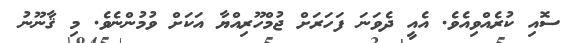
ސޮއި ކުރެއްވިއެވެ. އެއީ ދެވަނަ ފަހަރަށް ޖުމްހޫރިއްޔާ އަކަށް ވުމުންނެވެ. މި ޤާނޫނު